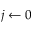
j \gets 0